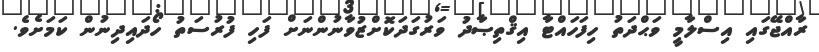
ރާއްޖޭގައި އިސްލާމީ ވަޙްދަތު ހިފަހައްޓާ އިޤްތިޞާދު ވަރުގަދަކޮށްޒުވާނުންނަށް ފަހި ފުރުސަތު ހޯދައިދިނުން ކަމަށެވެ.